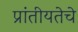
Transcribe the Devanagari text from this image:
प्रांतीयतेचे